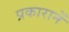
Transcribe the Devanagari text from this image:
प्रकारानें